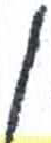
אות: ן